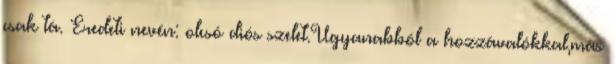
csak tá. Eredeti nevén: olcsó diós szelet.Ugyanabból a hozzávalókkal,más